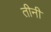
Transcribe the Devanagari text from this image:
तीनी